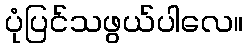
ပုံပြင်သဖွယ်ပါလေ။